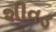
શીવડ